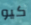
كيو